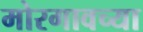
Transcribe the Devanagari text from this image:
मोरगावच्या